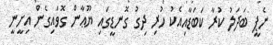
ނެޕީ ބަދަލު ކުރާ ކަބަޑާއިއެކު ހުރި ދިގު ގޮނޑީގައި ޔޫޢާން ގޮވައިގެން އިށީނީ